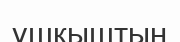
ұшқыштың